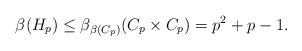
LaTeX: \begin{align*} \beta(H_p) \le \beta_{\beta(C_p)}(C_p \times C_p) = p^2 + p -1. \end{align*}